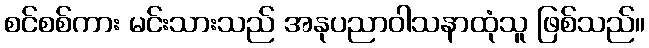
စင်စစ်ကား မင်းသားသည် အနုပညာဝါသနာထုံသူ ဖြစ်သည်။